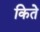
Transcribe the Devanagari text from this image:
किते